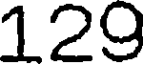
129